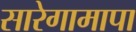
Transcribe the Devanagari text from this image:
सारेगामापा